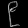
Digit: ၉